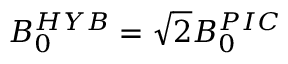
B _ { 0 } ^ { H Y B } = \sqrt { 2 } B _ { 0 } ^ { P I C }